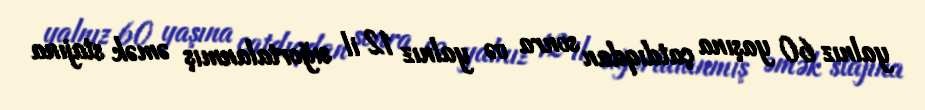
yalnız 60 yaşına çatdıqdan sonra və yalnız 12 il sığortalanmış əmək stajına